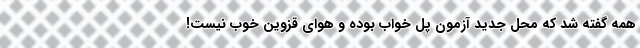
همه گفته شد که محل جدید آزمون پل خواب بوده و هوای قزوین خوب نیست!